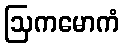
ဩကမောကံ